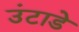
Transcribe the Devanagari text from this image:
उंटाडे